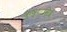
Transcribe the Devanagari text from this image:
कृष्णमिश्र